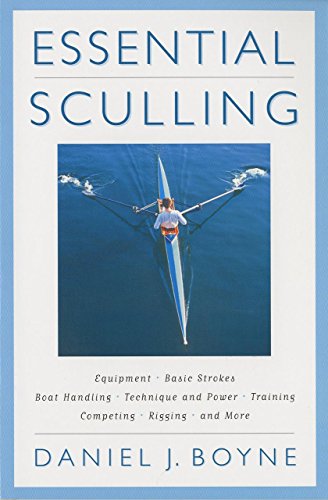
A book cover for Essential Sculling: An Introduction To Basic Strokes, Equipment, Boat Handling, Technique, And Power; Daniel Boyne; Sports & Outdoors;